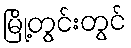
မြို့တွင်းတွင်